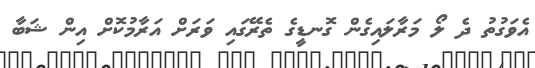
އެވަގުތު ދެ ލޯ މަރާލައިގެން ގޮނޑީގެ ތެރޭގައި ވަރަށް އަރާމުކޮށް އިން ޝަބާ